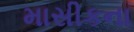
માસીકના